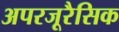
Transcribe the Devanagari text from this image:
अपरजूरैसिक